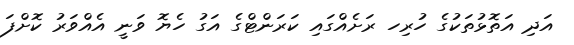
އަދި އަތޮޅުތަކުގެ ހުރިހ ރަށެއްގައި ކަރަންޓްގެ އަގު ހެޔޮ ވަނީ އެއްވަރު ކޮށްފަ